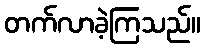
တက်လာခဲ့ကြသည်။